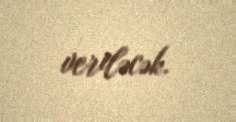
veriləcək.